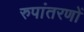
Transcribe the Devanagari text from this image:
रुपांतरणों